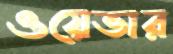
ওয়েভার